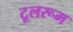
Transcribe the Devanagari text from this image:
टूलरूम